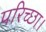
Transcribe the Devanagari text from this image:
परिच्‍छा।